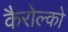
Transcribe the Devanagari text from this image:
कैरोल्को